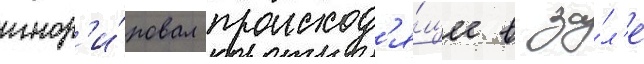
игнор'и́ровал происход'я́щее в за́л'е